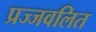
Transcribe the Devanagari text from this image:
प्रज्‍जवलित